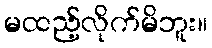
မထည့်လိုက်မိဘူး။